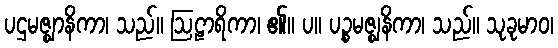
ပဌမဇ္ဈာနိကာ၊ သည်။ ဩဠာရိကာ၊ ၏။ ပ။ ပဉ္စမဇ္ဈနိကာ၊ သည်။ သုခုမာဝ၊